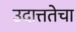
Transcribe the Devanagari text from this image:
उदात्ततेचा